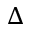
\Delta